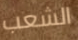
الشعب